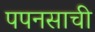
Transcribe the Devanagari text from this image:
पपनसाची